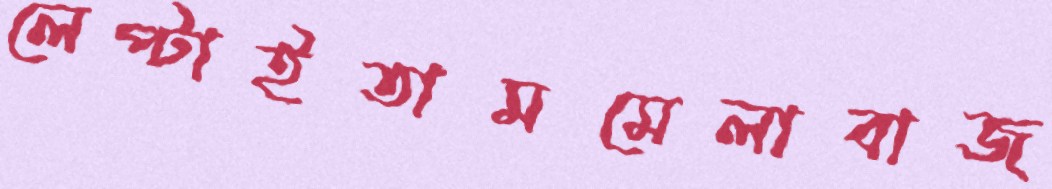
লেপ্‌টাইতামমেলাবাজ